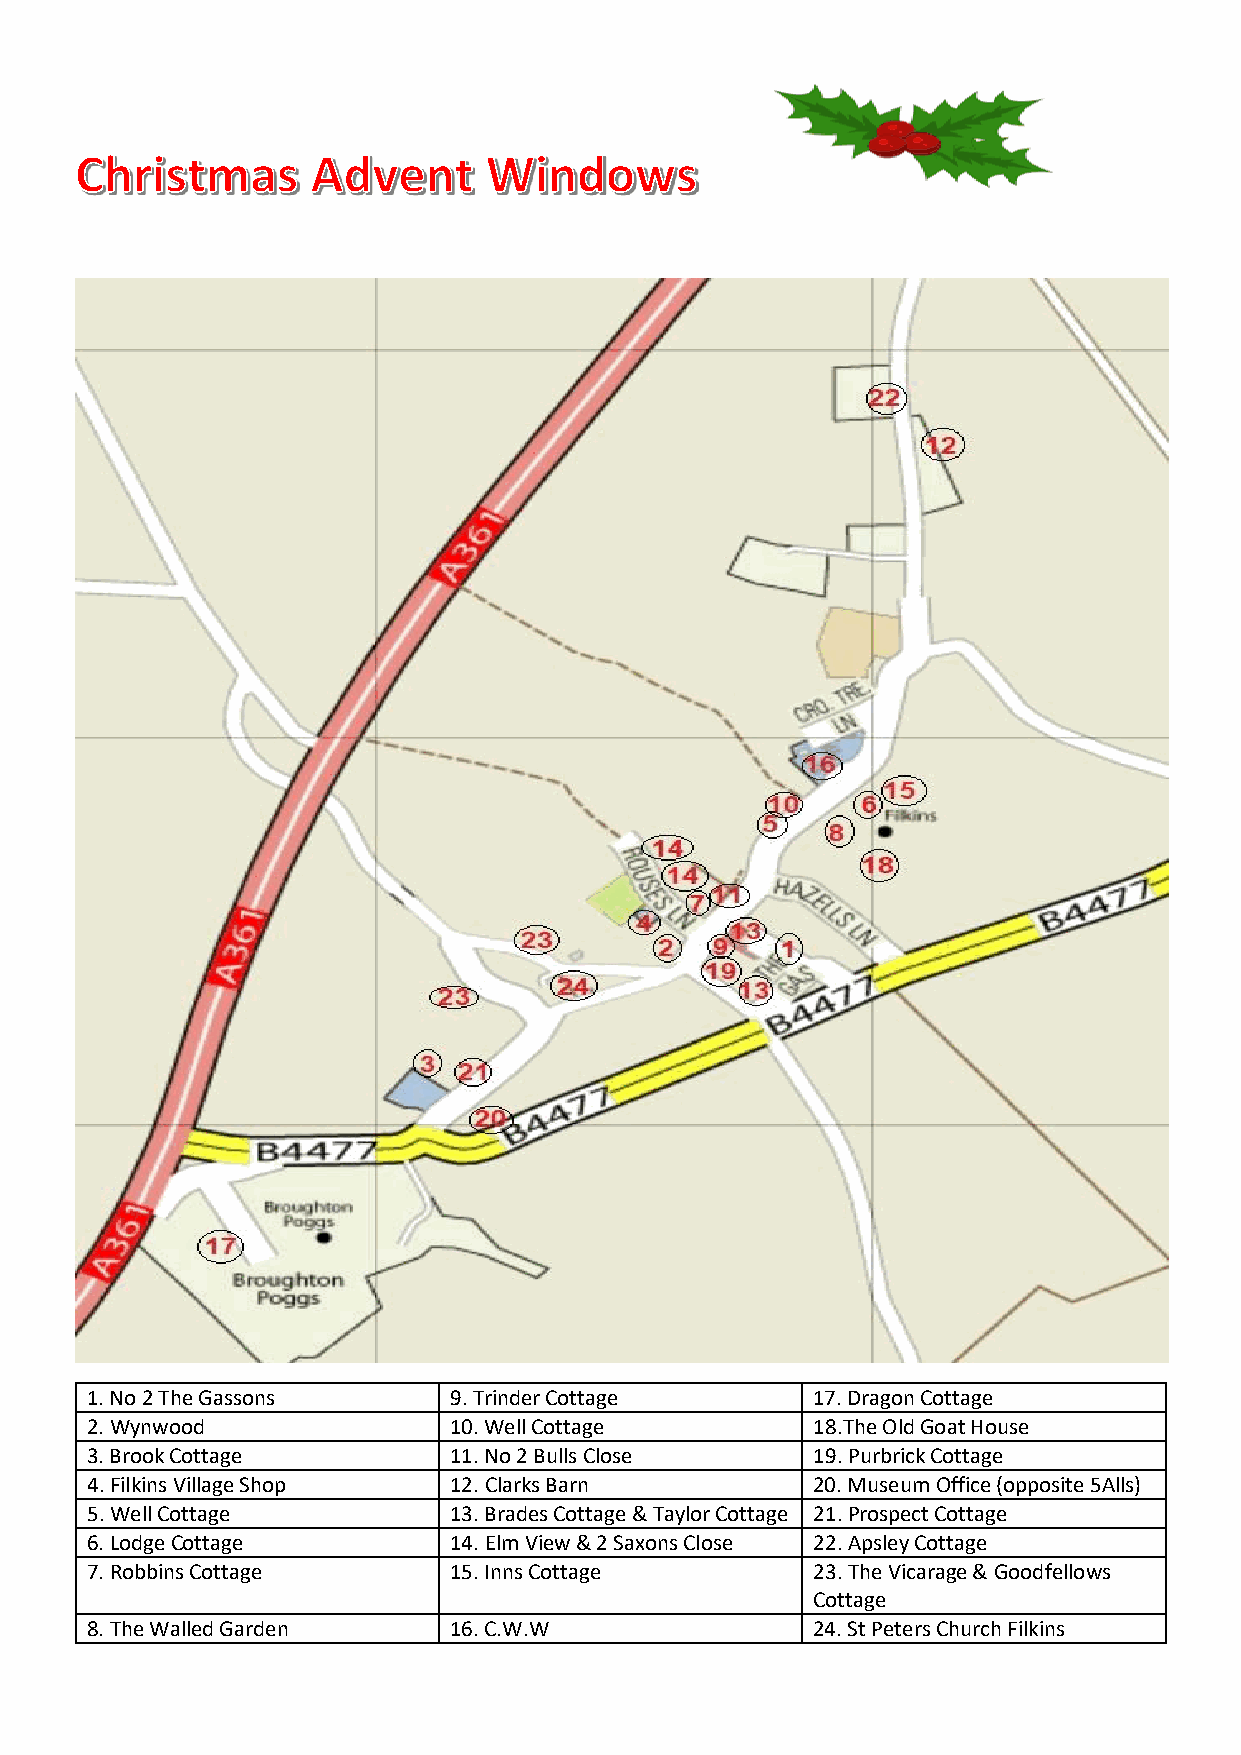
1. No 2 The Gassons     9. Trinder Cottage      17. Dragon Cottage
 2. Wynwood              10. Well Cottage        18.The Old Goat House
 3. Brook Cottage        11. No 2 Bulls Close    19. Purbrick Cottage
 4. Filkins Village Shop 12. Clarks Barn         20. Museum Office (opposite 5Alls)
 5. Well Cottage         13. Brades Cottage & Taylor Cottage 21. Prospect Cottage
 6. Lodge Cottage        14. Elm View & 2 Saxons Close 22. Apsley Cottage
 7. Robbins Cottage      15. Inns Cottage        23. The Vicarage & Goodfellows
 Cottage
 8. The Walled Garden    16. C.W.W               24. St Peters Church Filkins